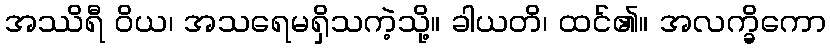
အဿိရီ ဝိယ၊ အသရေမရှိသကဲ့သို့။ ခါယတိ၊ ထင်၏။ အလက္ခိကော